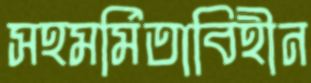
সহমর্মিতাবিহীন